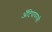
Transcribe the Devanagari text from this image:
अँटिपायरसी